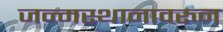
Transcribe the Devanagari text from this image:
जन्मस्थानावरुन